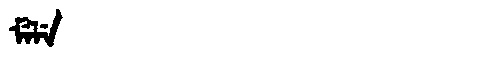
Manchu: ᠮᡝᠯᡝ
Romanization: MELE